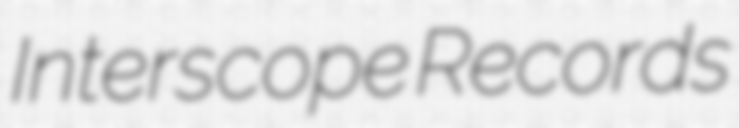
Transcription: Interscope Records